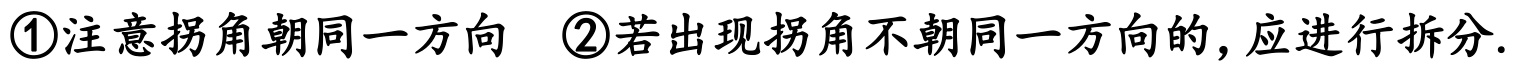
\textcircled{1}注意拐角朝同一方向 \textcircled{2}若出现拐角不朝同一方向的, 应进行拆分.